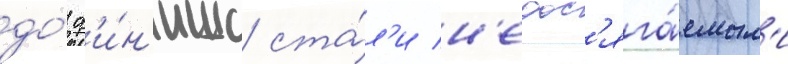
до́ ф'и́н'иша ста́л'и н'едос'яга́емым'и